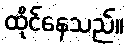
ထိုင်နေသည်။